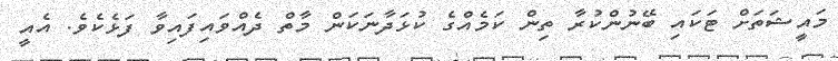
މައީޝަތަށް ޓަކައި ބޭނުންކުރާ ތިން ކަމެއްގެ ކުޅަދާނަކަން މާތް ދެއްވައިފައިވާ ފަޅެކެވެ. އެއީ